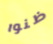
ظنوا